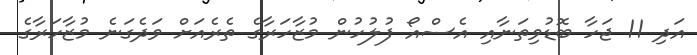
އަދި 11 ޖަހާ ބޮޑުވިތަނާއި އެސްއޯ ފުލުހުން މުޒާހަރާގެ ތެރެއަށް ވަދެގަނެ މުޒާހަރާގެ